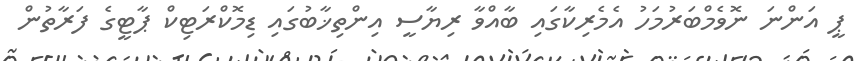
ޕީ އަންނަ ނޮވެމްބަރުމަހު އެމެރިކާގައި ބާއްވާ ރިޔާސީ އިންތިޚާބުގައި ޑިމޮކްރަޓިކް ޕާޓީގެ ފަރާތުން